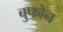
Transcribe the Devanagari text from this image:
बुफोन